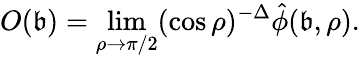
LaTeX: O(\mathfrak{b})=\operatorname*{lim}_{\rho\to\pi/2}(\cos{\rho})^{-\Delta}\hat{{\phi}}(\mathfrak{b},\rho).